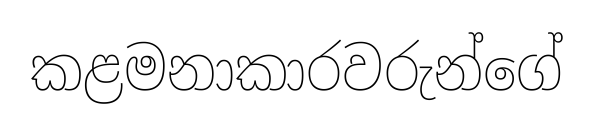
කළමනාකාරවරුන්ගේ